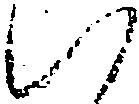
い